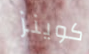
كوينز